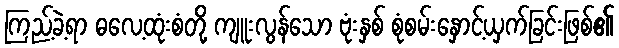
ကြည့်ခဲ့ရာ ဓလေ့ထုံးစံတို့ ကျူးလွန်သော ဗုံးနှစ် စုံစမ်းနှောင့်ယှက်ခြင်းဖြစ်၏